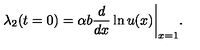
\lambda _ { 2 } ( t = 0 ) = \alpha b { \frac { d } { d x } } \ln u ( x ) \bigg | _ { x = 1 } .